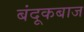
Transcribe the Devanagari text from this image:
बंदूकबाज